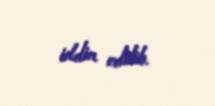
iddia edilib.